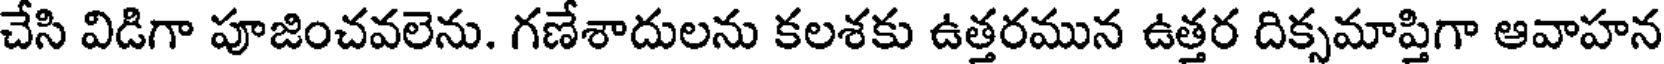
చేసి విడిగా పూజించవలెను. గణేశాదులను కలశకు ఉత్తరమున ఉత్తర దిక్సమాప్తిగా ఆవాహన